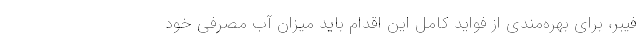
فیبر، برای بهره‌مندی از فواید کامل این اقدام باید میزان آب مصرفی خود